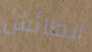
الطائش